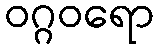
ဝဂ္ဂဝရော